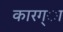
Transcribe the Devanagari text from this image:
कारग्ा